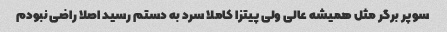
سوپر برگر مثل همیشه عالی ولی پیتزا کاملا سرد به دستم رسید اصلا راضی نبودم